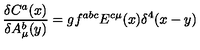
\frac { \delta C ^ { a } ( x ) } { \delta A _ { \mu } ^ { b } ( y ) } = g f ^ { a b c } E ^ { c \mu } ( x ) \delta ^ { 4 } ( x - y )